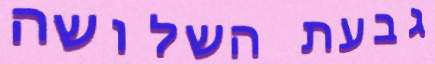
גבעת השלושה